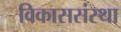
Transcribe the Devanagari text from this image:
विकाससंस्था